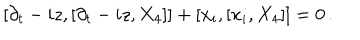
LaTeX: [ \partial _ { t } - i z , [ \partial _ { t } - i z , X _ { 4 } ] ] + [ x _ { i } , [ x _ { i } , X _ { 4 } ] ] = 0 \, .